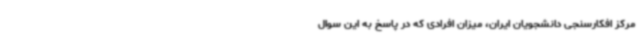
مرکز افکارسنجی دانشجویان ایران، میزان افرادی که در پاسخ به این سوال